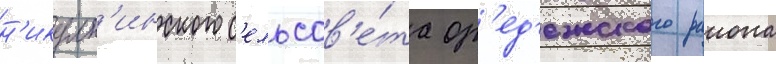
н'икулк'инского с'ельсов'е́та ор'ед'ежского раиона